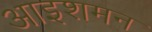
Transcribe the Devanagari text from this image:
आइशमन